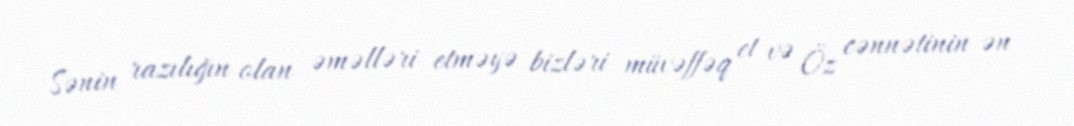
Sənin razılığın olan əməlləri etməyə bizləri müvəffəq et və Öz cənnətinin ən